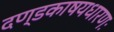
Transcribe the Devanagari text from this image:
दण्डकाषयधारणः